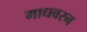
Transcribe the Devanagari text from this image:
माधवरन